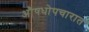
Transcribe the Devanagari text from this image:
औषधोपचारात